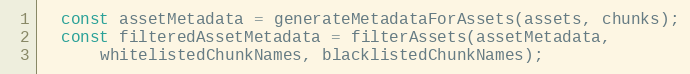
Language: JavaScript
  const assetMetadata = generateMetadataForAssets(assets, chunks);
  const filteredAssetMetadata = filterAssets(assetMetadata,
      whitelistedChunkNames, blacklistedChunkNames);